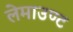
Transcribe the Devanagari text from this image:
लेमाउण्ट